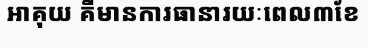
អាគុយ គឺមានការធានារយៈពេល៣ខែ